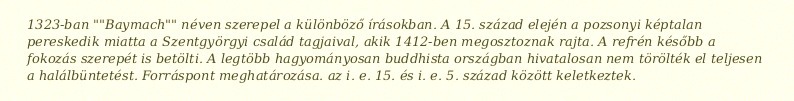
1323-ban ""Baymach"" néven szerepel a különböző írásokban. A 15. század elején a pozsonyi képtalan pereskedik miatta a Szentgyörgyi család tagjaival, akik 1412-ben megosztoznak rajta. A refrén később a fokozás szerepét is betölti. A legtöbb hagyományosan buddhista országban hivatalosan nem törölték el teljesen a halálbüntetést. Forráspont meghatározása. az i. e. 15. és i. e. 5. század között keletkeztek.